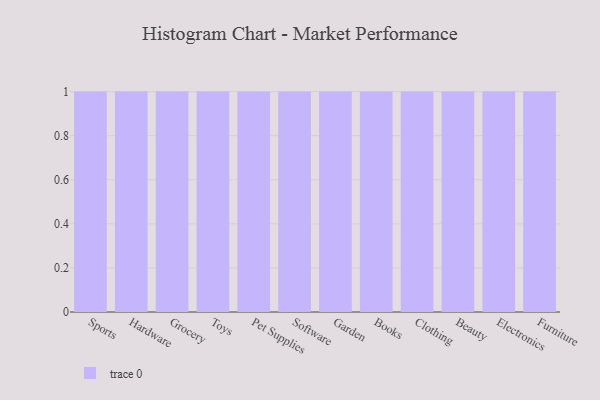
{"axis": {"x": "Category", "y": "Active Users"}, "legend": [""], "data": [{"x": "Sports", "y": 81, "type": ""}, {"x": "Hardware", "y": 34, "type": ""}, {"x": "Grocery", "y": 36, "type": ""}, {"x": "Toys", "y": 17, "type": ""}, {"x": "Pet Supplies", "y": 70, "type": ""}, {"x": "Software", "y": 6, "type": ""}, {"x": "Garden", "y": 42, "type": ""}, {"x": "Books", "y": 87, "type": ""}, {"x": "Clothing", "y": 42, "type": ""}, {"x": "Beauty", "y": 23, "type": ""}, {"x": "Electronics", "y": 61, "type": ""}, {"x": "Furniture", "y": 3, "type": ""}]}